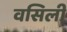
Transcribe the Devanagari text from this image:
वसिली